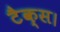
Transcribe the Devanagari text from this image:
टैक्स।